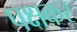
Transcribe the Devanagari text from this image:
पक्षकर